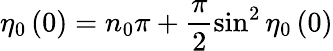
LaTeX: \eta_{0}\left(0\right)=n_{0}\pi+\frac{\pi}{2}\sin^{2}\eta_{0}\left(0\right)